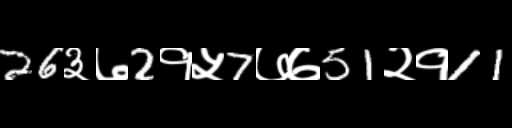
Text: 26३७2१५7७७51२१11